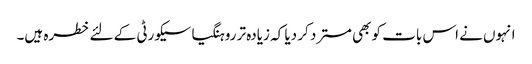
انہوں نے اس بات کو بھی مسترد کر دیا کہ زیادہ تر روہنگیا سیکورٹی کے لئے خطرہ ہیں۔